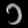
Digit: ၁